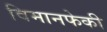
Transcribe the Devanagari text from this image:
विमानफेकी